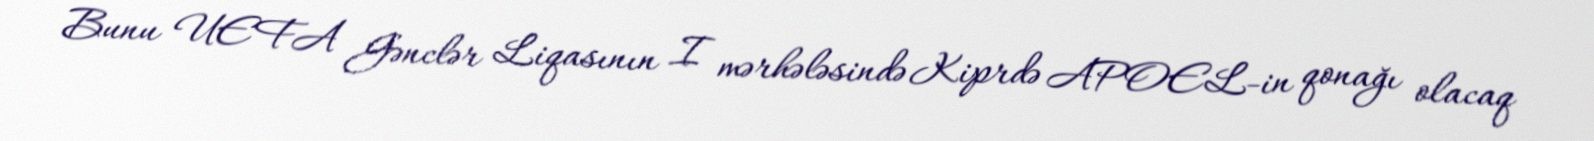
Bunu UEFA Gənclər Liqasının I mərhələsində Kiprdə APOEL-in qonağı olacaq